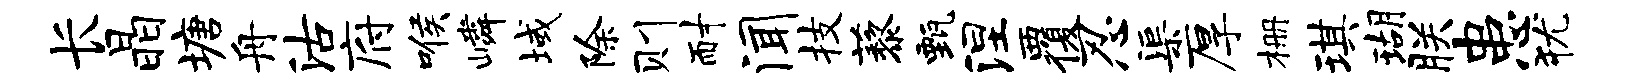
长晶塘舟沽府喉嶙域除则耐闻技藜甄涅覆忍渠厚栅琪瑚朕患犹